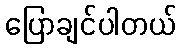
ပြောချင်ပါတယ်